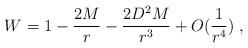
LaTeX: \begin{align*}W = 1 - \frac{2M}{r} - \frac{2D^2 M}{r^3} + O(\frac{1}{r^4})\; ,\end{align*}